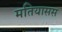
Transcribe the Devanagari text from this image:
मतियासस